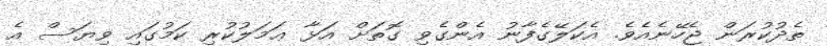
ތެދުކުރަން ޖެހޭނެއެވެ. އެކަލޭގެފާނު އެންގެވި ގޮތަށް އަޅާ ޢަމަލުކުރި ކަމުގައި ވިޔަސް އެ